画像に写った文字を読んでください
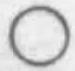
「○」と書いてあります